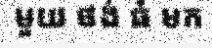
មួយ ថង់ ធំ មក